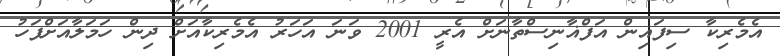
އެމެރިކާ ސިފައިން އަފްޣާނިސްތާނަށް އެރީ 2001 ވަނަ އަހަރު އެމެރިކާއަށް ދިން ހަމަލާއަށްފަހު